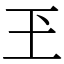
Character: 玊